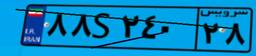
۸۸S۲۴۰۲۸